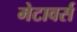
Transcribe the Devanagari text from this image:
मेटावर्स